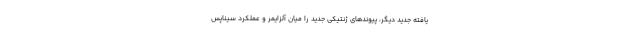
یافته جدید دیگر، پیوندهای ژنتیکی جدید را میان آلزایمر و عملکرد سیناپس‌